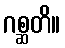
ဂစ္ဆတိ။